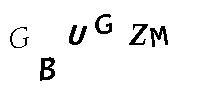
GBUGZM